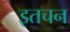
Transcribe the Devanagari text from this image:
इतचन